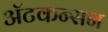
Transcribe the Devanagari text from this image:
ॲटकन्सन